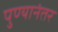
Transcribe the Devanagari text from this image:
पुण्यानंतर